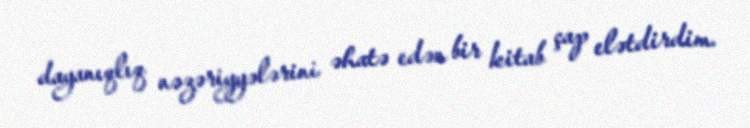
dayanıqlıq nəzəriyyələrini əhatə edən bir kitab çap elətdirdim.